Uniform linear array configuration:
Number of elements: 8
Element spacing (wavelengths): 0.75
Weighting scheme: hamming
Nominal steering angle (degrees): -30
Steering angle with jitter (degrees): -30.322
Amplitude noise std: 0.05
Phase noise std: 0.05

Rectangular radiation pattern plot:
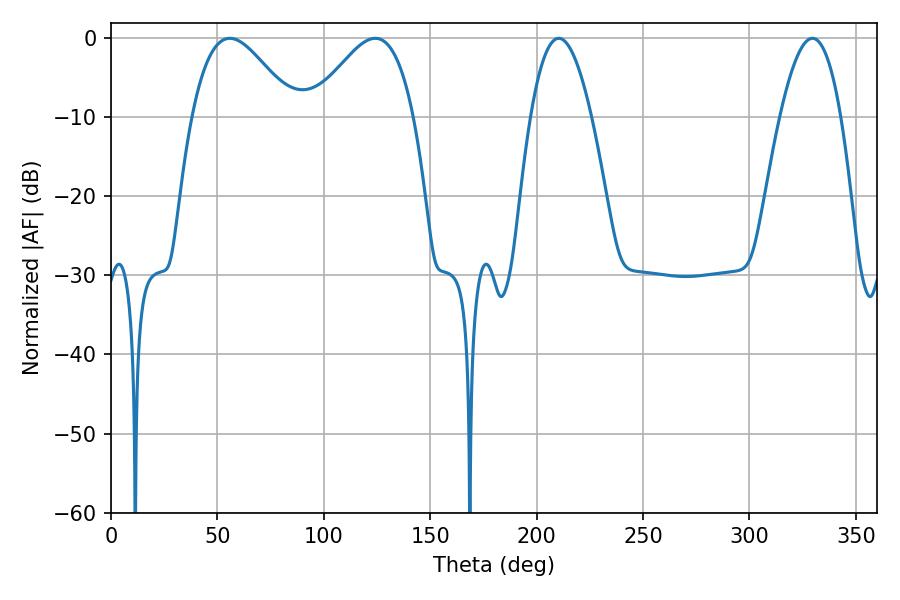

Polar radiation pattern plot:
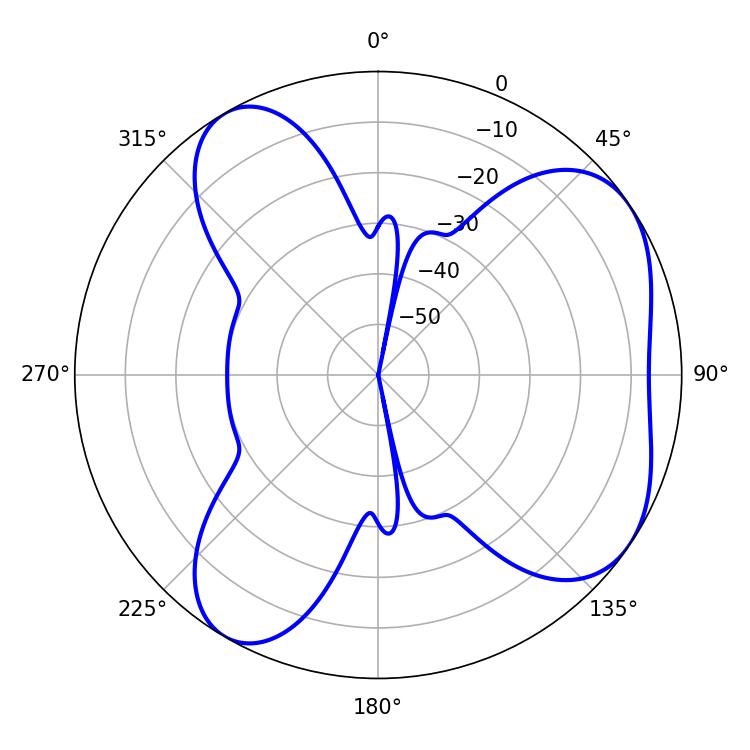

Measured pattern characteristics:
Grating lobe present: TRUE
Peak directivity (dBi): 5.557
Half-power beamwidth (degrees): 25.74
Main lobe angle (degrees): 124.2